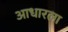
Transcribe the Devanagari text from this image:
आधारला